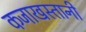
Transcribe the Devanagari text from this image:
कजाखस्तानी